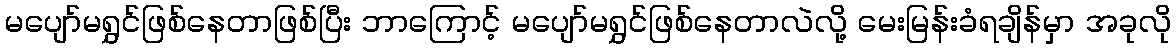
မပျော်မရွှင်ဖြစ်နေတာဖြစ်ပြီး ဘာကြောင့် မပျော်မရွှင်ဖြစ်နေတာလဲလို့ မေးမြန်းခံရချိန်မှာ အခုလို